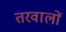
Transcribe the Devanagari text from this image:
तरवालों